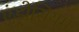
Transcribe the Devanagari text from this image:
एंड्रोसियम